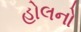
હોલનો